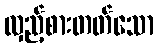
လှည့်စားတတ်သော